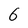
Character: 6